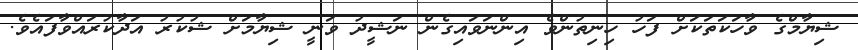
ޝިޔާމްގެ ވާހަކަތަކަށް ފަހު ހިނިތުންވެ އިންނަވައިގެން ނަޝީދު ވަނީ ޝިޔާމަށް ޝުކުރު އަދާކުރައްވާފައެވެ.